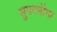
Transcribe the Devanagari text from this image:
सुपरलीगा